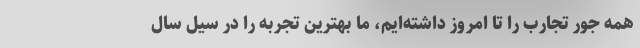
همه جور تجارب را تا امروز داشته‌ایم، ما بهترین تجربه را در سیل سال